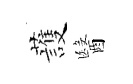
䕶醫